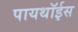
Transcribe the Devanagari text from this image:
पायथॉईस